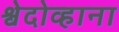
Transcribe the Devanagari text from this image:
श्वेदोव्हाना